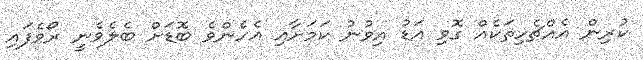
ކުރިން އެއްޗެހިތަކެއް ގޮވި އަޑު އިވުނު ކަމަށާއި އެހެންވެ ބޮޑަށް ބެލެވެނީ ރޯވެފައި